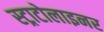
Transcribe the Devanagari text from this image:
स्ट्राटोलाइनर